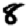
Digit: 8